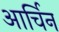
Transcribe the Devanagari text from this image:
आर्चिन